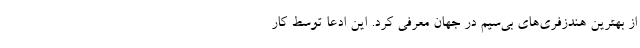
از بهترین هندزفری‌های بی‌سیم در جهان معرفی کرد. این ادعا توسط کار